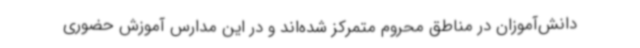
دانش‌آموزان در مناطق محروم متمرکز شده‌اند و در این مدارس آموزش حضوری